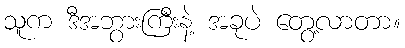
သူက ဒီအဘွားကြီးနဲ့ အခုပဲ တွေ့လာတာ။